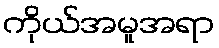
ကိုယ်အမူအရာ